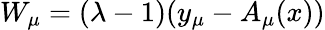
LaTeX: W_{\mu}=(\lambda-1)(y_{\mu}-A_{\mu}(x))